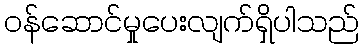
ဝန်ဆောင်မှုပေးလျက်ရှိပါသည်